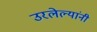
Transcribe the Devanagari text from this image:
उरलेल्यांनी